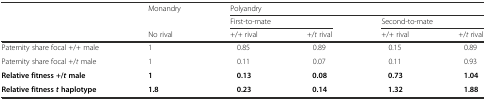
| <ROWSPAN=3>  | Monandry | <COLSPAN=4> Polyandry |
 |  | <COLSPAN=2> First-to-mate | <COLSPAN=2> Second-to-mate |
 | No rival | +/+ rival | +/t rival | +/+ rival | +/t rival |
 | --- | --- | --- | --- | --- | --- |
 | Paternity share focal +/+ male | 1 | 0.85 | 0.89 | 0.15 | 0.89 |
 | Paternity share focal +/t male | 1 | 0.11 | 0.07 | 0.11 | 0.93 |
 | Relative fitness +/tmale | 1 | 0.13 | 0.08 | 0.73 | 1.04 |
 | Relative fitnessthaplotype | 1.8 | 0.23 | 0.14 | 1.32 | 1.88 |